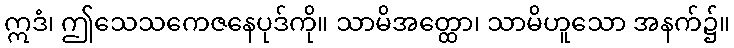
ဣဒံ၊ ဤသေသကေဇနေပုဒ်ကို။ သာမိအတ္ထော၊ သာမိဟူသော အနက်၌။